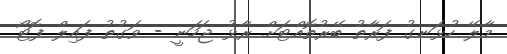
މާލޭ ހުޅަނގު ފަރާތު ބޭރުތޮއްޓަށް ރާޅު ޖަހަނީ - ވަގުތު ފައިލް ފޮޓޯ